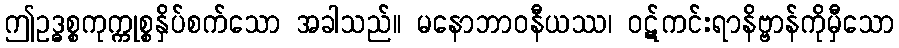
ဤဥဒ္ဓစ္စကုက္ကုစ္စနှိပ်စက်သော အခါသည်။ မနောဘာဝနီယဿ၊ ဝဋ်ကင်းရာနိဗ္ဗာန်ကိုမှီသော